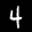
Label: 4